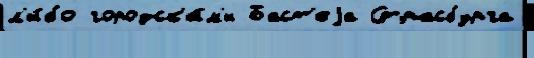
л'и́бо городск'и́м'и Баст'еjа Страсбурга